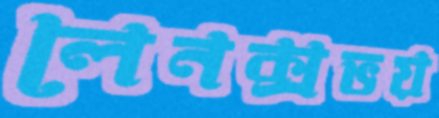
লেনক্সভয়